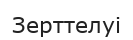
Зерттелуі